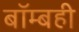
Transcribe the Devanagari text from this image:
बॉम्बही